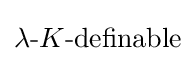
\lambda {\mbox{-}}K{\mbox{-definable}}